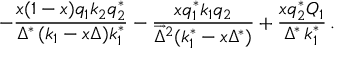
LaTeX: - \frac { x ( 1 - x ) q _ { 1 } k _ { 2 } q _ { 2 } ^ { * } } { \Delta ^ { * } \, ( k _ { 1 } - x \Delta ) k _ { 1 } ^ { * } } - \frac { x q _ { 1 } ^ { * } k _ { 1 } q _ { 2 } } { \overrightarrow { \Delta } ^ { 2 } ( k _ { 1 } ^ { * } - x \Delta ^ { * } ) } + \frac { x q _ { 2 } ^ { * } Q _ { 1 } } { \Delta ^ { * } \, k _ { 1 } ^ { * } } \, .